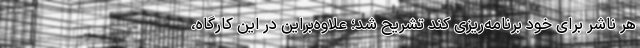
هر ناشر برای خود برنامه‌ریزی کند تشریح شد؛ علاوه‌براین در این کارگاه،